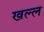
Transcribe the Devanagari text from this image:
खल्ल